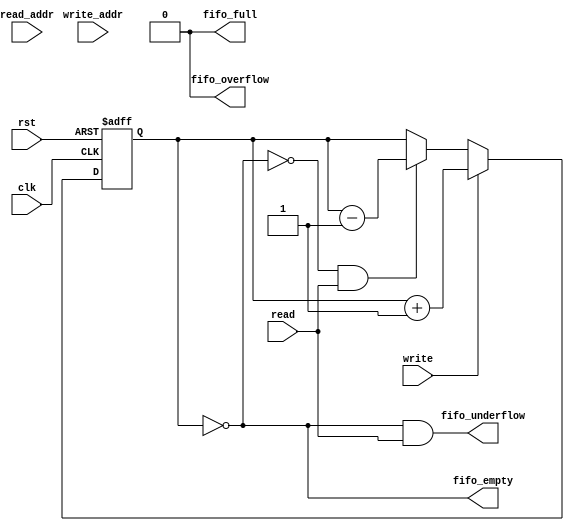
module FIFO_Status #(
    parameter n = 3,       // n address bits
    parameter SIZE = 8     // size of fifo
) ( 
   input clk, rst, write, read,
   input [n-1:0] write_addr, read_addr,
   output reg fifo_full, fifo_empty, fifo_overflow, fifo_underflow
);

  reg [n-1:0] counter;

  assign fifo_overflow = fifo_full & write;
  assign fifo_underflow = fifo_empty & read;

  always @(posedge clk or negedge rst) begin
    if (~rst) begin
      counter <= 0;
    end 
    else if (~fifo_full && write) begin 
      counter <= counter + 1;
    end
    else if (~fifo_empty && read) begin
      counter <= counter - 1;
    end
    else begin
      counter <= counter;
    end 
  end

  always @(counter) begin
      fifo_empty = (counter == 0);
      fifo_full = (counter == SIZE);
  end

endmodule